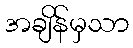
အချိန်မှသာ